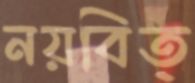
নয়বিত্